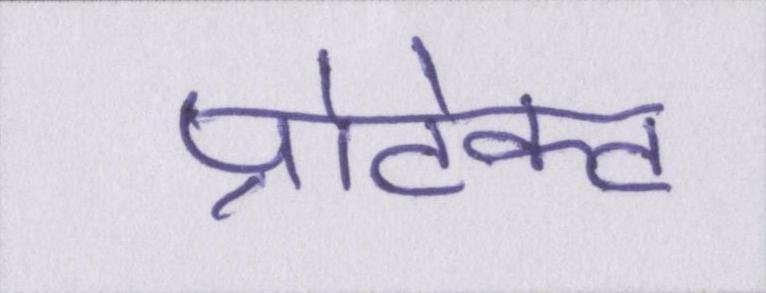
प्रोटेक्ट